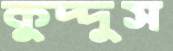
কুদ্দুস